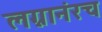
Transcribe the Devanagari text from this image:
लग्नानंरच